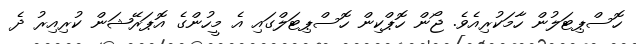
ހޮސްޕިޓަލުން ހާމަކުރިއެވެ. ޖޯން ހޮޕްކިން ހޮސްޕިޓަލްގައި އެ މީހުންގެ އޮޕަރޭޝަން ކުރިއިރު ދެ